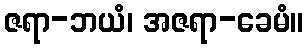
ဇရာ-ဘယံ၊ အဇရာ-ခေမံ။